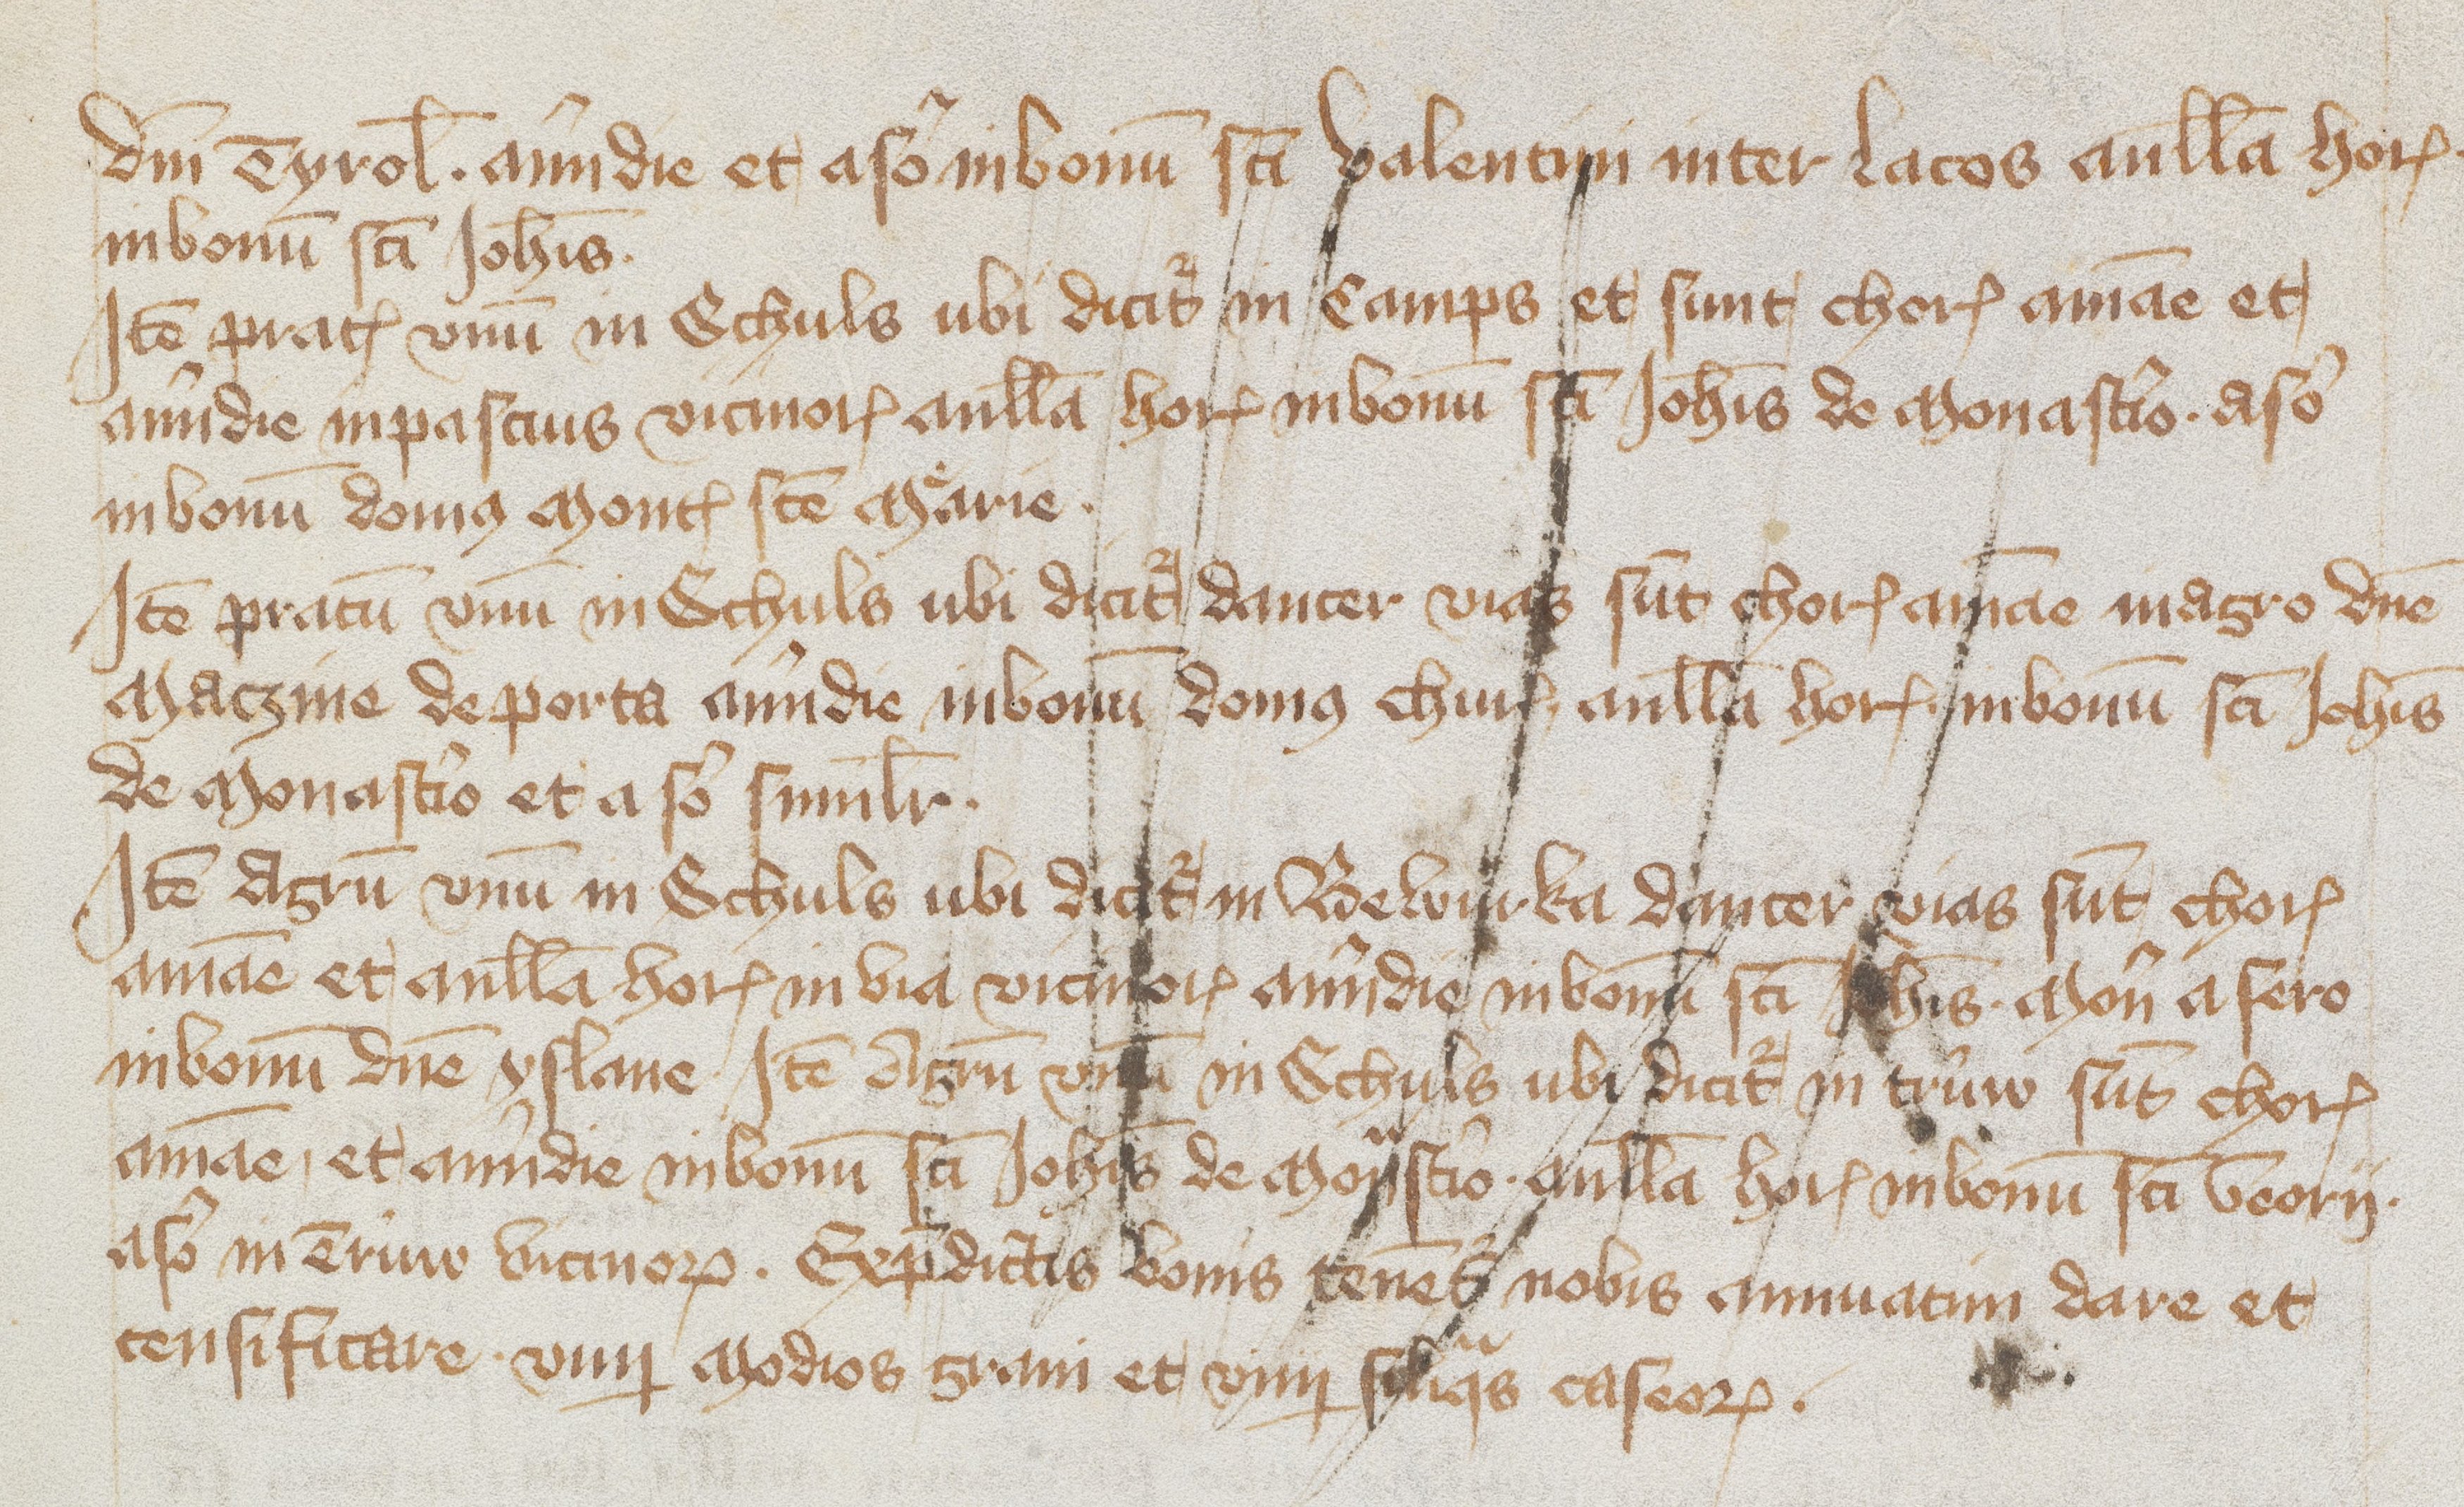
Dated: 1418–1418